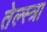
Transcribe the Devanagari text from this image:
तेल्स्त्रा